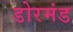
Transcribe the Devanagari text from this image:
डोरमंड